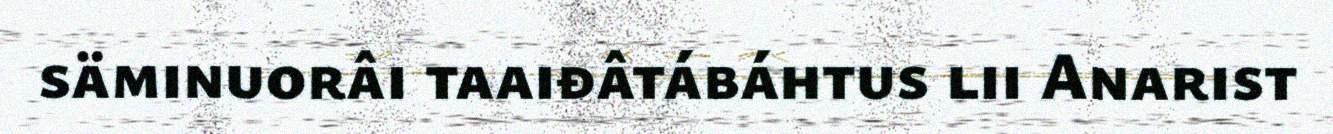
säminuorâi taaiđâtábáhtus lii Anarist